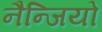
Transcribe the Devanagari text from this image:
नैन्जियो